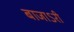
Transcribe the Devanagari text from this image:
बाजाऽरी